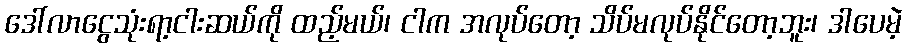
ဒေါ်လာငွေသုံးရာ့ငါးဆယ်ကို ထည့်မယ်၊ ငါက အလုပ်တော့ သိပ်မလုပ်နိုင်တော့ဘူး၊ ဒါပေမဲ့